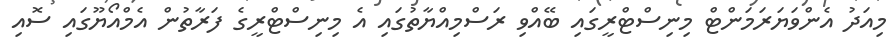
މިއަދު އެންވަޔަރަމަންޓް މިނިސްޓްރީގައި ބޭއްވި ރަސްމިއްޔާތުގައި އެ މިނިސްޓްރީގެ ފަރާތުން އެމްއޯޔޫގައި ސޮއި